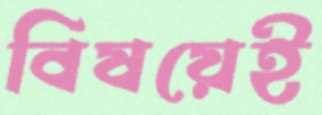
বিষয়েই